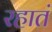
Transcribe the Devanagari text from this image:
रहातं